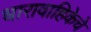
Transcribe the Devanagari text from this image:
धारावाहिकेचे